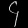
Digit: ၄